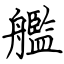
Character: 艦